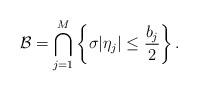
\begin{align*}\mathcal{B}=\bigcap_{j=1}^{M}\left\{\sigma |\eta_j| \leq \frac{b_j}{2}\right\}.\end{align*}